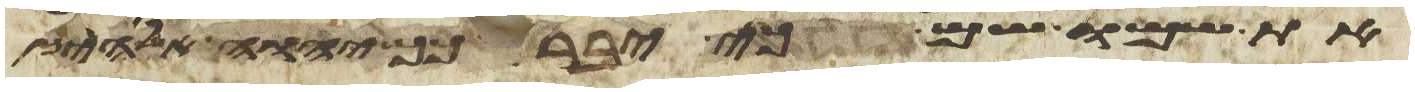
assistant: את שמו שם כי יברכך יהוה אלהיך